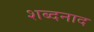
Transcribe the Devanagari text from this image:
शब्दनाद